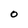
Character: O